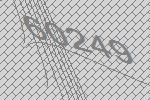
60249